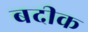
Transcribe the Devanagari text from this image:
बदीक